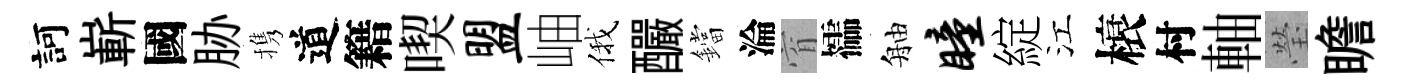
訶嶄國胁携道籍喫盟岫俄釅鐺淪窅櫺舳瞳綻江榱村軸瑩瞻